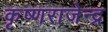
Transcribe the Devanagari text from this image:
कृष्णराजेन्द्र